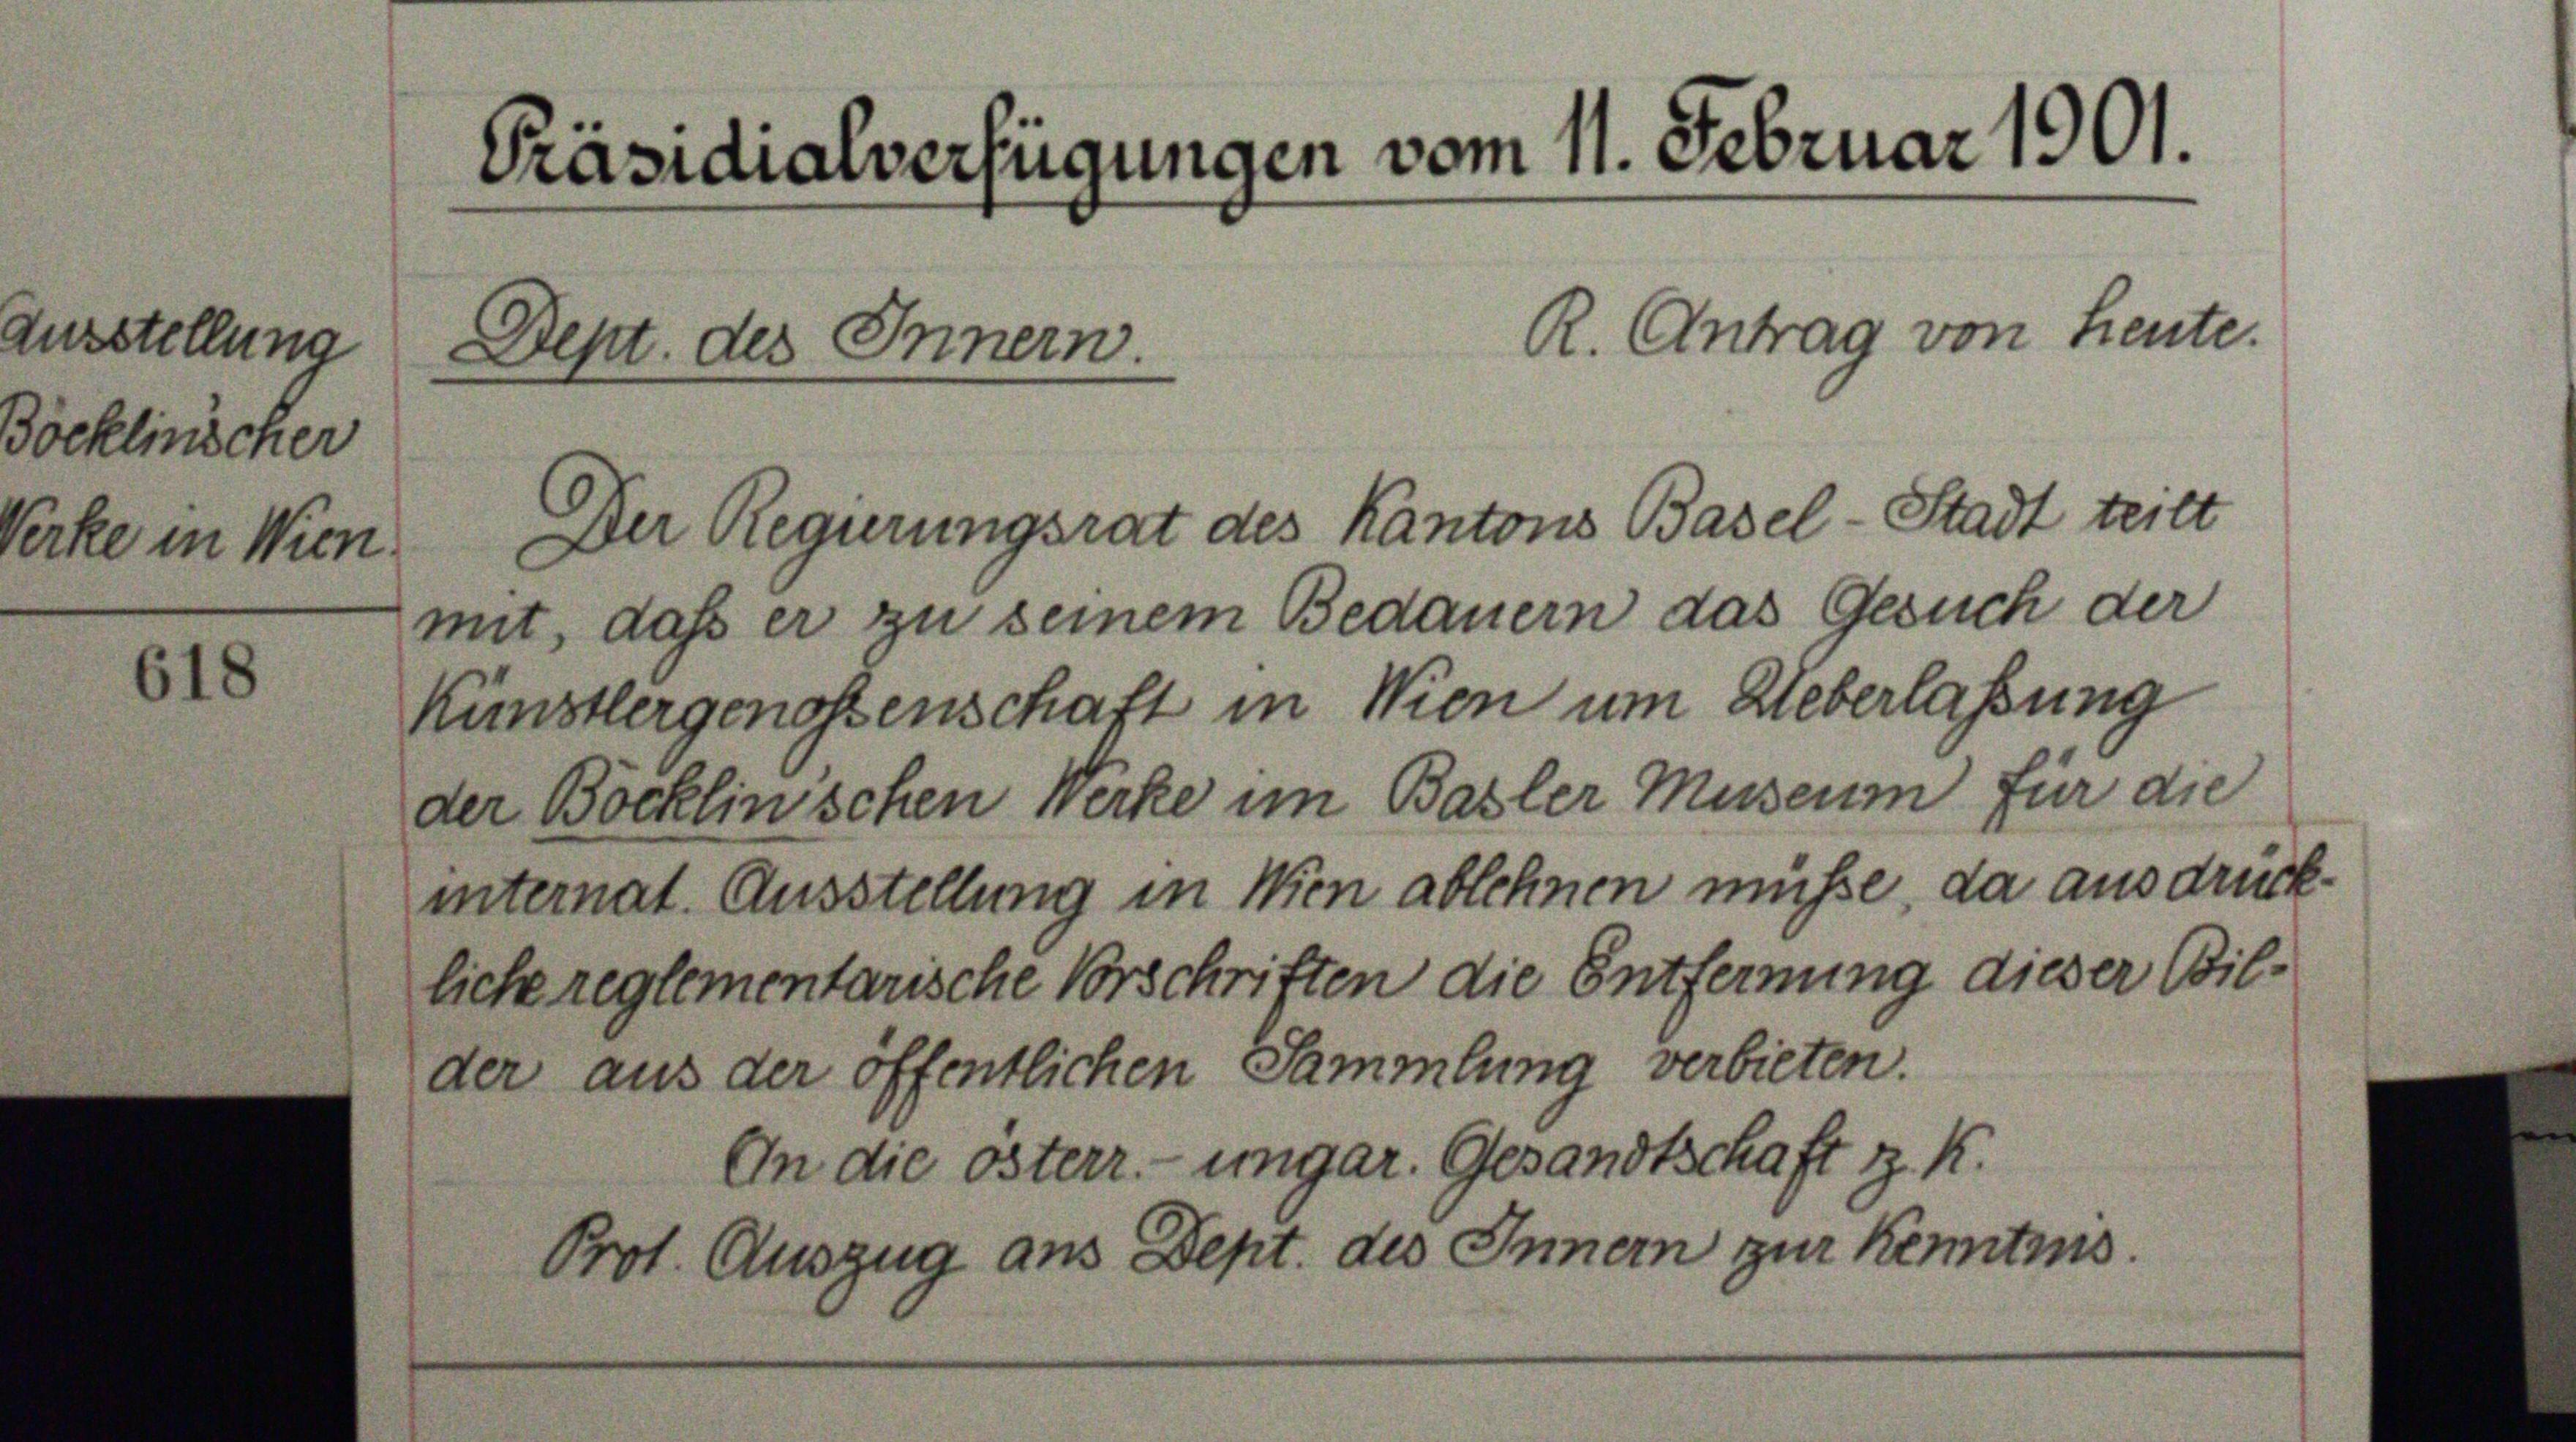
Döcklinischer

Zusstellung

Verke in Wien

618

Präsidialverfügungen vom 11. Februar 1901.

Dept. des Innern.
Der Regierungsrat des Kantons Basel-Stadt teilt
mit, daß er zu seinem Bedauern das Gesuch der
Künstlergenossenschaft in Wien um Ueberlassung
der Böcklinischen Werke im Basler Museum für die
internat. Ausstellung in Wien ablehnen müsse, da ausdrückliche reglementarische Vorschriften die Entfernung dieser Bilder aus der öffentlichen Sammlung verbieten.
An die österr. ungar. Gesandtschaft z. K.
Prot. Auszug aus Dept. des Innern zur Kenntnis.

R. Antrag von Heute.